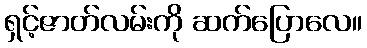
ရှင့်ဇာတ်လမ်းကို ဆက်ပြောလေ။